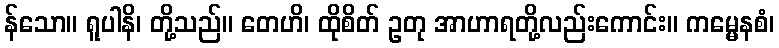
န်သော။ ရူပါနိ၊ တို့သည်။ တေဟိ၊ ထိုစိတ် ဥတု အာဟာရတို့လည်းကောင်း။ ကမ္မေနစံ၊